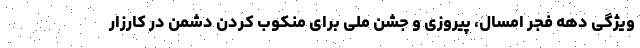
ویژگی دهه فجر امسال، پیروزی و جشن ملی برای منکوب کردن دشمن در کارزار